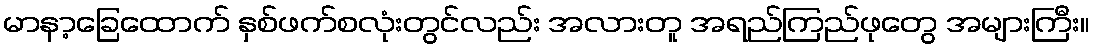
မာနာ့ခြေထောက် နှစ်ဖက်စလုံးတွင်လည်း အလားတူ အရည်ကြည်ဖုတွေ အများကြီး။